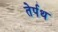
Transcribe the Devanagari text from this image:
तेर्पथ